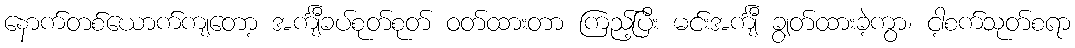
နောက်တစ်ယောက်ကျတော့ အင်္ကျီခပ်စုတ်စုတ် ဝတ်ထားတာ ကြည့်ပြီး မင်းအင်္ကျီ ချွတ်ထားခဲ့ကွာ၊ ငါ့စက်သုတ်စရာ